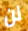
لن